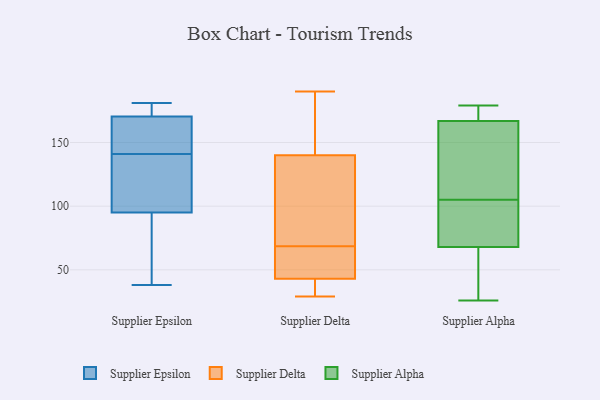
{"axis": {"x": "Revenue (USD Million)", "y": "Value"}, "legend": ["Supplier Alpha", "Supplier Delta", "Supplier Epsilon"], "data": [{"x": "", "y": 104, "type": "Supplier Epsilon"}, {"x": "", "y": 175, "type": "Supplier Epsilon"}, {"x": "", "y": 179, "type": "Supplier Epsilon"}, {"x": "", "y": 141, "type": "Supplier Epsilon"}, {"x": "", "y": 143, "type": "Supplier Epsilon"}, {"x": "", "y": 38, "type": "Supplier Epsilon"}, {"x": "", "y": 177, "type": "Supplier Epsilon"}, {"x": "", "y": 145, "type": "Supplier Epsilon"}, {"x": "", "y": 81, "type": "Supplier Epsilon"}, {"x": "", "y": 157, "type": "Supplier Epsilon"}, {"x": "", "y": 116, "type": "Supplier Epsilon"}, {"x": "", "y": 181, "type": "Supplier Epsilon"}, {"x": "", "y": 39, "type": "Supplier Epsilon"}, {"x": "", "y": 120, "type": "Supplier Epsilon"}, {"x": "", "y": 92, "type": "Supplier Epsilon"}, {"x": "", "y": 106, "type": "Supplier Delta"}, {"x": "", "y": 67, "type": "Supplier Delta"}, {"x": "", "y": 41, "type": "Supplier Delta"}, {"x": "", "y": 94, "type": "Supplier Delta"}, {"x": "", "y": 38, "type": "Supplier Delta"}, {"x": "", "y": 171, "type": "Supplier Delta"}, {"x": "", "y": 148, "type": "Supplier Delta"}, {"x": "", "y": 67, "type": "Supplier Delta"}, {"x": "", "y": 78, "type": "Supplier Delta"}, {"x": "", "y": 48, "type": "Supplier Delta"}, {"x": "", "y": 190, "type": "Supplier Delta"}, {"x": "", "y": 32, "type": "Supplier Delta"}, {"x": "", "y": 70, "type": "Supplier Delta"}, {"x": "", "y": 29, "type": "Supplier Delta"}, {"x": "", "y": 159, "type": "Supplier Delta"}, {"x": "", "y": 58, "type": "Supplier Delta"}, {"x": "", "y": 140, "type": "Supplier Delta"}, {"x": "", "y": 43, "type": "Supplier Delta"}, {"x": "", "y": 126, "type": "Supplier Alpha"}, {"x": "", "y": 86, "type": "Supplier Alpha"}, {"x": "", "y": 167, "type": "Supplier Alpha"}, {"x": "", "y": 94, "type": "Supplier Alpha"}, {"x": "", "y": 179, "type": "Supplier Alpha"}, {"x": "", "y": 46, "type": "Supplier Alpha"}, {"x": "", "y": 68, "type": "Supplier Alpha"}, {"x": "", "y": 116, "type": "Supplier Alpha"}, {"x": "", "y": 26, "type": "Supplier Alpha"}, {"x": "", "y": 174, "type": "Supplier Alpha"}]}